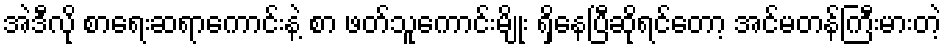
အဲဒီလို စာရေးဆရာကောင်းနဲ့ စာ ဖတ်သူကောင်းမျိုး ရှိနေပြီဆိုရင်တော့ အင်မတန်ကြီးမားတဲ့